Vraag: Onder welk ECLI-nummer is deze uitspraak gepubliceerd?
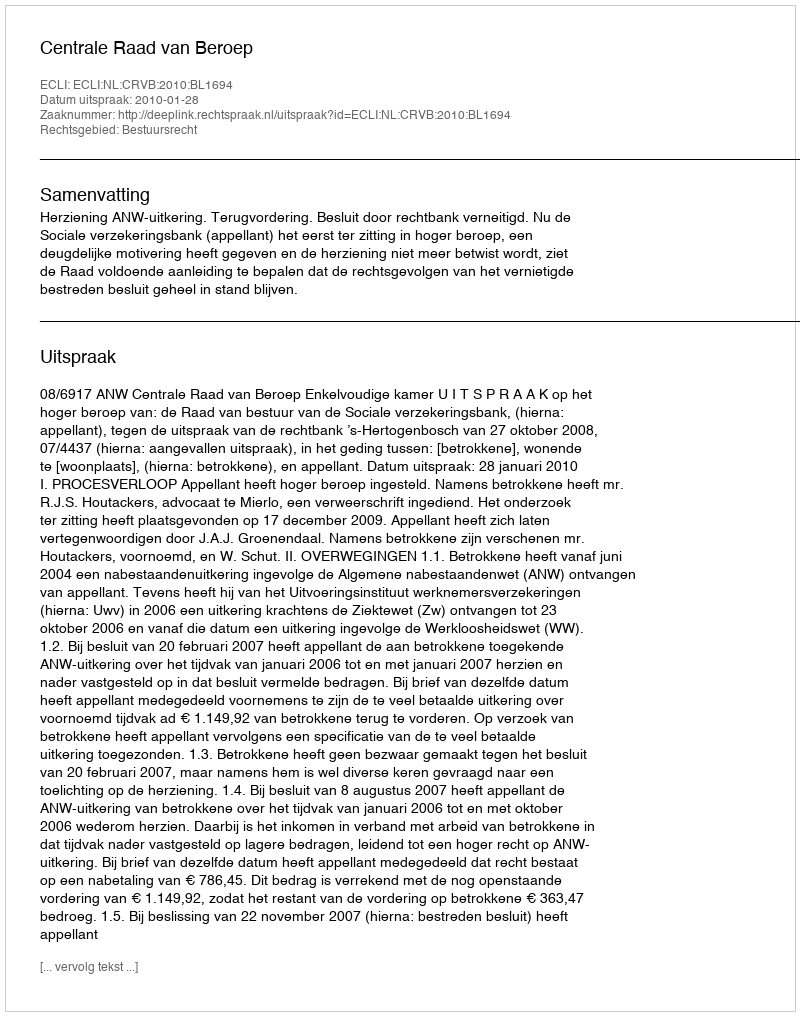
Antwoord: ECLI:NL:CRVB:2010:BL1694